Indian journal of veterinary science and animal husbandry - Volumes 18-21, 1948-1951
Year: 1948
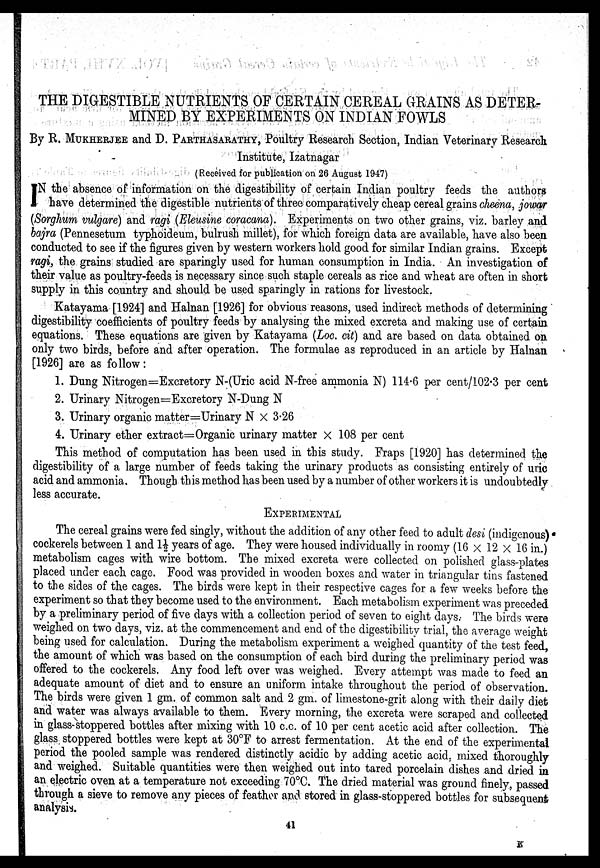
THE DIGESTIBLE NUTRIENTS OF CERTAIN CEREAL GRAINS AS DETER-
MINED BY EXPERIMENTS ON INDIAN FOWLS
By R. MUKHERJEE and D. PARTHASARATHY, Poultry Research Section, Indian Veterinary Research
Institute, Izatnagar
(Received for publication on 26 August 1947)
I N the absence of information on the digestibility of certain Indian poultry feeds the authors
have determined the digestible nutrients of three comparatively cheap cereal grains cheena, jowar
(Sorghum vulgare) and ragi (Eleusine coracana). Experiments on two other grains, viz. barley and
bajra (Pennesetum typhoideum, bulrush millet), for which foreign data are available, have also been
conducted to see if the figures given by western workers hold good for similar Indian grains. Except
ragi, the grains studied are sparingly used for human consumption in India. An investigation of
their value as poultry-feeds is necessary since such staple cereals as rice and wheat are often in short
supply in this country and should be used sparingly in rations for livestock.
Katayama [1924] and Halnan [1926] for obvious reasons, used indirect methods of determining
digestibility coefficients of poultry feeds by analysing the mixed excreta and making use of certain
equations. These equations are given by Katayama (Loc. cit) and are based on data obtained on
only two birds, before and after operation. The formulae as reproduced in an article by Halnan
[1926] are as follow:
1. Dung Nitrogen=Excretory N-(Uric acid N-free ammonia N) 114.6 per cent/102.3 per cent
2. Urinary Nitrogen=Excretory N-Dung N
3. Urinary organic matter=Urinary N × 3.26
4. Urinary ether extract=Organic urinary matter × 108 per cent
This method of computation has been used in this study. Fraps [1920] has determined the
digestibility of a large number of feeds taking the urinary products as consisting entirely of uric
acid and ammonia. Though this method has been used by a number of other workers it is undoubtedly
less accurate.
EXPERIMENTAL
The cereal grains were fed singly, without the addition of any other feed to adult desi (indigenous)
cockerels between 1 and 1½ years of age. They were housed individually in roomy (16 × 12 × 16 in.)
metabolism cages with wire bottom. The mixed excreta were collected on polished glass-plates
placed under each cage. Food was provided in wooden boxes and water in triangular tins fastened
to the sides of the cages. The birds were kept in their respective cages for a few weeks before the
experiment so that they become used to the environment. Each metabolism experiment was preceded
by a preliminary period of five days with a collection period of seven to eight days. The birds were
weighed on two days, viz. at the commencement and end of the digestibility trial, the average weight
being used for calculation. During the metabolism experiment a weighed quantity of the test feed,
the amount of which was based on the consumption of each bird during the preliminary period was
offered to the cockerels. Any food left over was weighed. Every attempt was made to feed an
adequate amount of diet and to ensure an uniform intake throughout the period of observation.
The birds were given 1 gm. of common salt and 2 gm. of limestone-grit along with their daily diet
and water was always available to them. Every morning, the excreta were scraped and collected
in glass-stoppered bottles after mixing with 10 c.c. of 10 per cent acetic acid after collection. The
glass stoppered bottles were kept at 30°F to arrest fermentation. At the end of the experimental
period the pooled sample was rendered distinctly acidic by adding acetic acid, mixed thoroughly
and weighed. Suitable quantities were then weighed out into tared porcelain dishes and dried in
an electric oven at a temperature not exceeding 70°C. The dried material was ground finely, passed
through a sieve to remove any pieces of feather and stored in glass-stoppered bottles for subsequent
analysis.
41
K